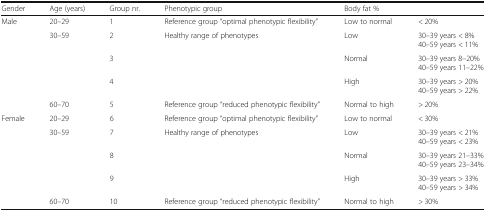
| Gender | Age (years) | Group nr. | Phenotypic group | <COLSPAN=2> Body fat % |
 | --- | --- | --- | --- | --- | --- |
 | <ROWSPAN=5> Male | 20–29 | 1 | Reference group “optimal phenotypic flexibility” | Low to normal | < 20% |
 | <ROWSPAN=3> 30–59 | 2 | <ROWSPAN=3> Healthy range of phenotypes | Low | 30–39 years < 8%40–59 years < 11% |
 | 3 | Normal | 30–39 years 8–20%40–59 years 11–22% |
 | 4 | High | 30–39 years > 20%40–59 years > 22% |
 | 60–70 | 5 | Reference group “reduced phenotypic flexibility” | Normal to high | > 20% |
 | <ROWSPAN=5> Female | 20–29 | 6 | Reference group “optimal phenotypic flexibility” | Low to normal | < 30% |
 | <ROWSPAN=3> 30–59 | 7 | <ROWSPAN=3> Healthy range of phenotypes | Low | 30–39 years < 21%40–59 years < 23% |
 | 8 | Normal | 30–39 years 21–33%40–59 years 23–34% |
 | 9 | High | 30–39 years > 33%40–59 years > 34% |
 | 60–70 | 10 | Reference group “reduced phenotypic flexibility” | Normal to high | > 30% |